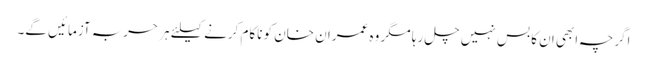
اگرچہ ابھی ان کا بس نہیں چل رہا مگر وہ عمران خان کو ناکام کرنے کیلئے ہر حربہ آزمائیں گے۔